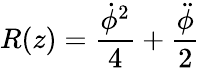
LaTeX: R(z)=\frac{\dot{\phi}^{2}}{4}+\frac{\ddot{\phi}}{2}